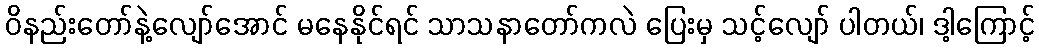
ဝိနည်းတော်နဲ့လျော်အောင် မနေနိုင်ရင် သာသနာတော်ကလဲ ပြေးမှ သင့်လျော် ပါတယ်၊ ဒါ့ကြောင့်